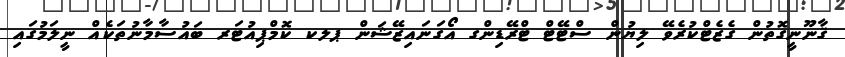
ޤާނޫނީގޮތުން ގެޒެޓްކުރެވޭ ލިޔުން ސްޓޭޓް ޓްރޭޑިންގ އޯގަނައިޒޭޝަން ޕލކ ކޮމްޕިއުޓަރ ބައުސާމާނުތަކެއް ނީލަމުގައި